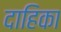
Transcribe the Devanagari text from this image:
दाहिका